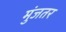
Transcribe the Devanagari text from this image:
मुंजतर